Riigikantselei, lk 413
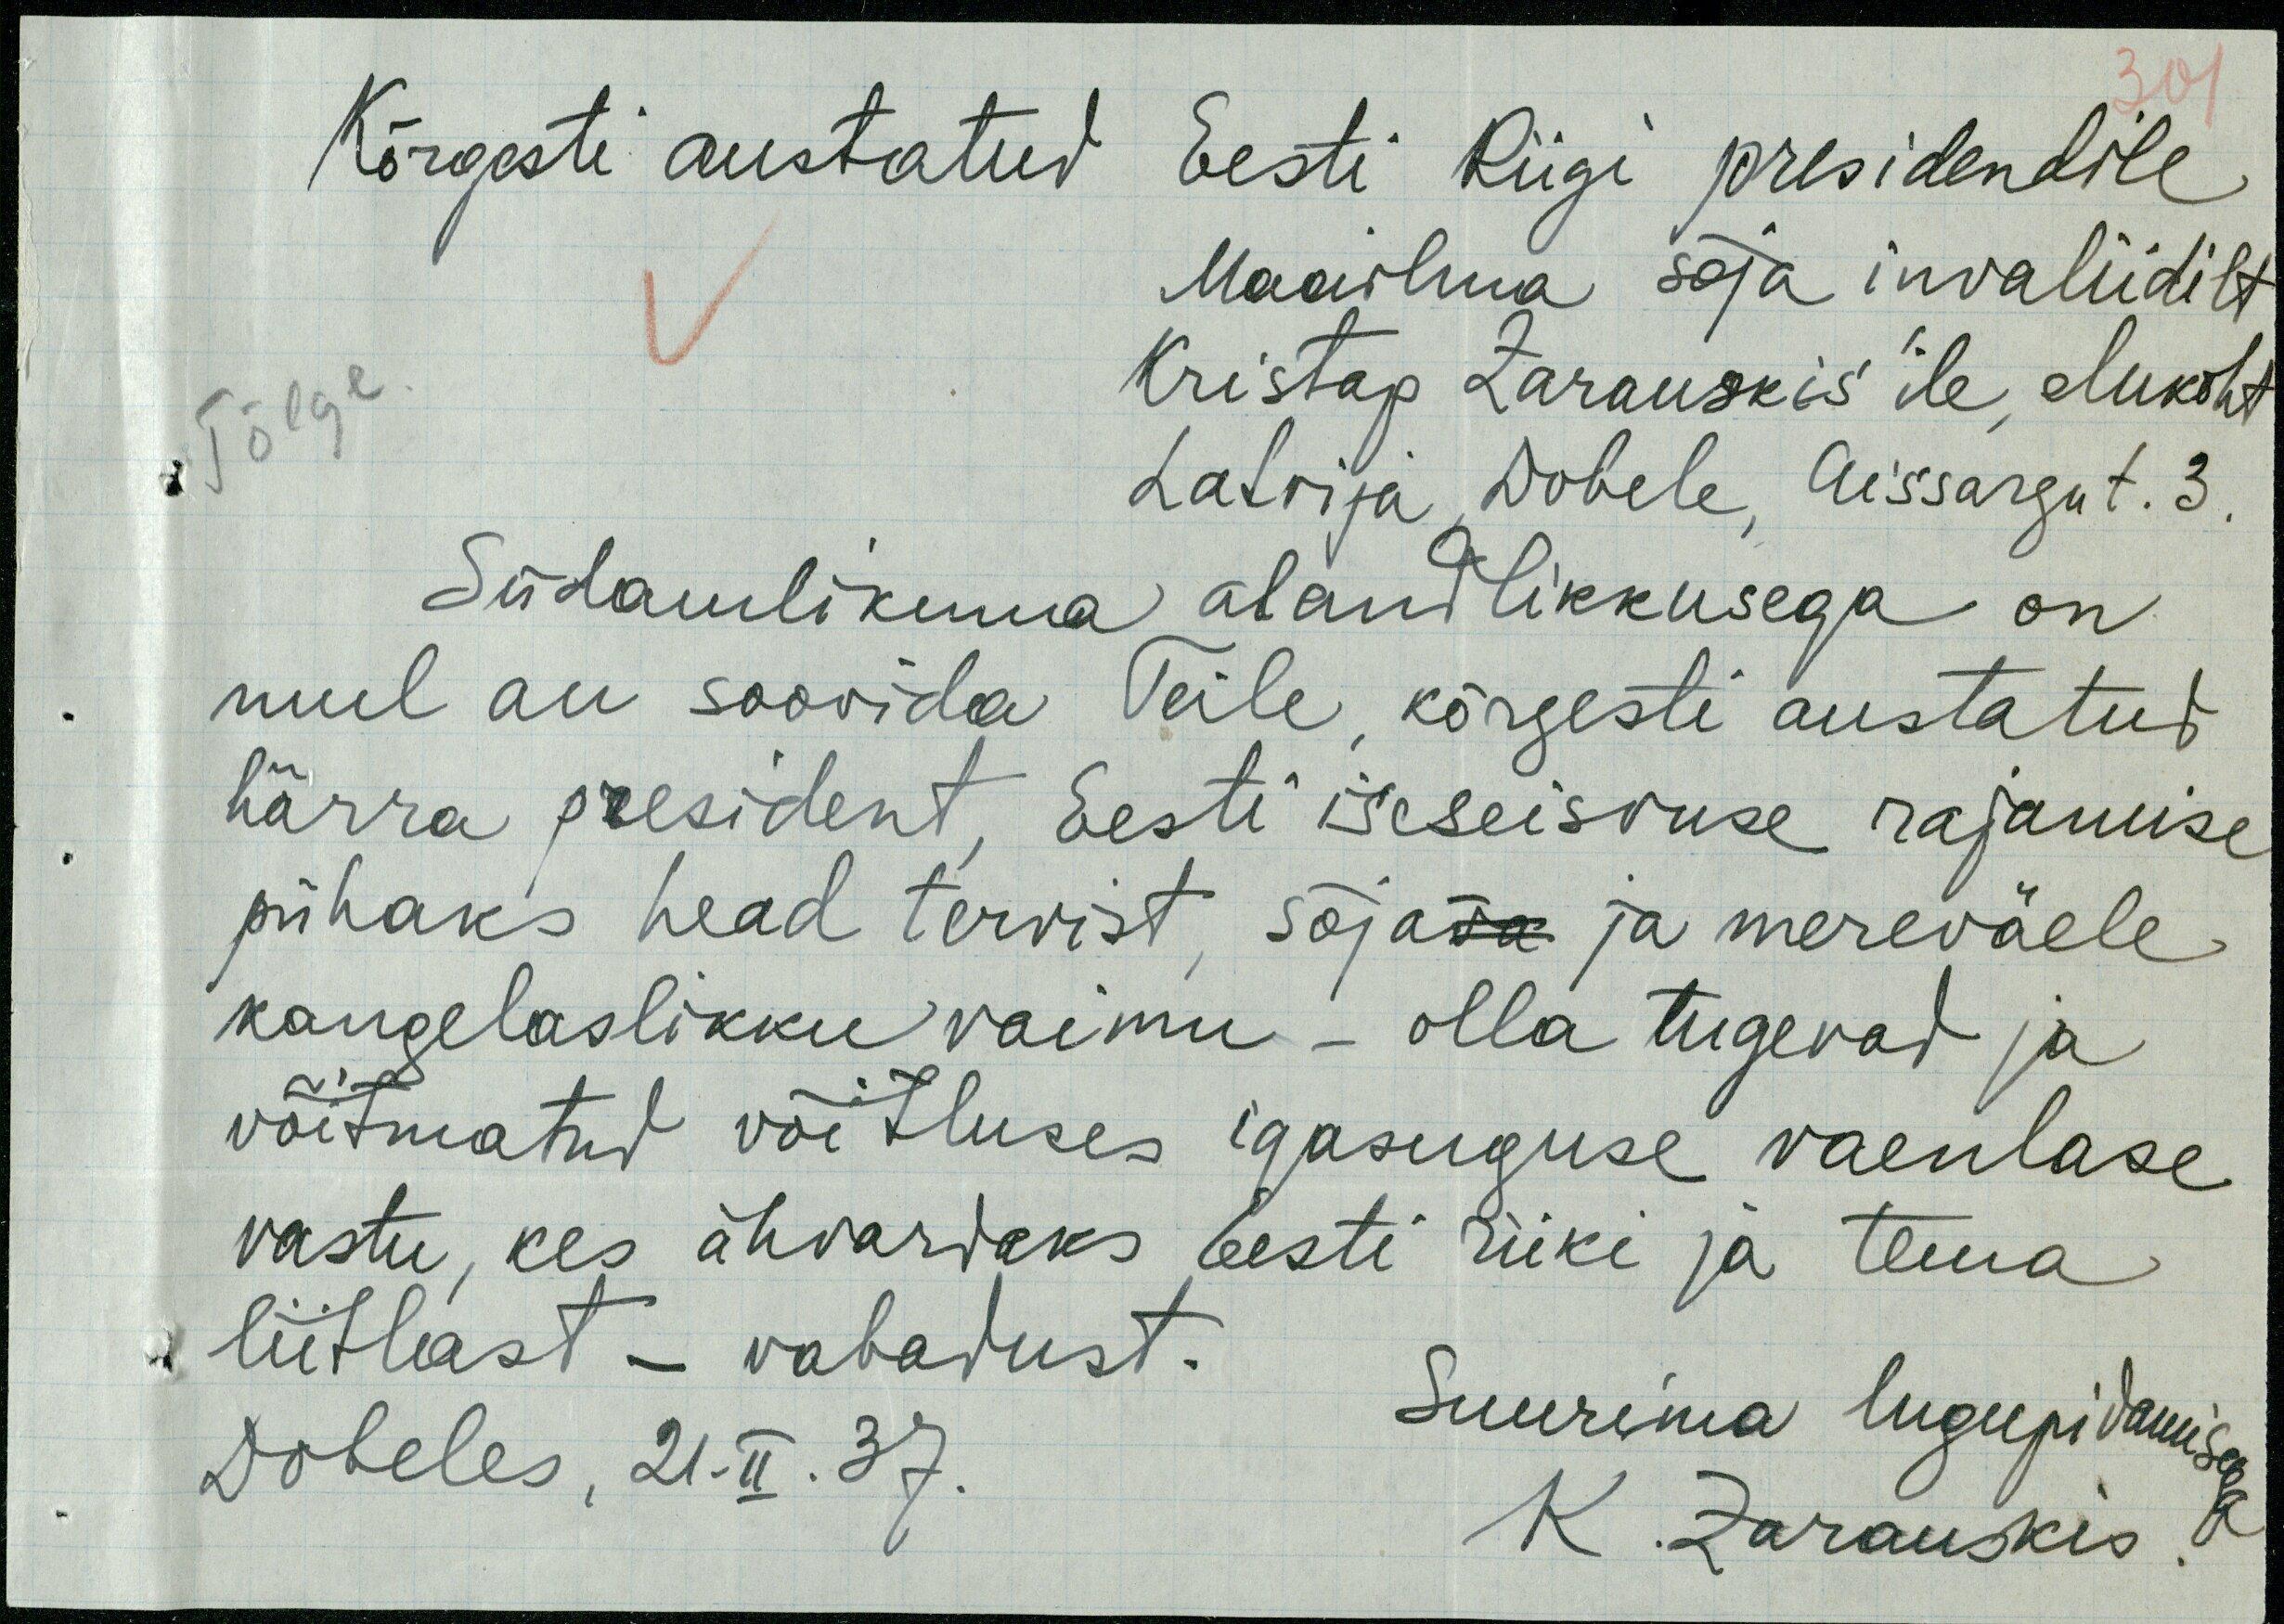
Tõlge.
Kõrgesti austatud Eesti Riigi presidendile
Maailmaa sõja invaliidilt
Kristap Zarauskis'ile, elukoht
Latvija, Dobele, Aissargu t. 3.
Südamlikuma alandilikkusega on
mul au soovida Teile, kõrgesti austatud
härra president, Eesti iseseisvuse rajamise
pühaks head tervist, sõja ja mereväele
kaugelaslikku vaimu - olla tugevad ja
võitmatusel võitluses igasuguse vaenlase
vastu, kes ähvardaks Eesti riiki ja tema
liitlast - vabadust.
Suurima lugupidamisega
K. Zarauskis.
Dobeles, 21.II.37.